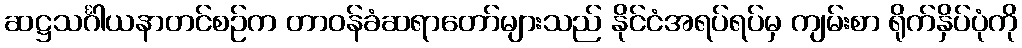
ဆဋ္ဌသင်္ဂါယနာတင်စဉ်က တာဝန်ခံဆရာတော်များသည် နိုင်ငံအရပ်ရပ်မှ ကျမ်းစာ ရိုက်နှိပ်ပုံကို